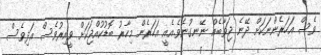
ވެސް އަހަރެންނަކަށް ދޭނެ ޖަވާބެއް ނޭނގުނެވެ.އެއީ އަހަރެން މިހާރު ބޮޑުކުއްޖަކަށް ވީއިރުވެސް އަދިވެސް